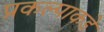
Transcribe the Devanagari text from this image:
प्रकल्पाकडे